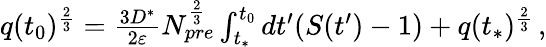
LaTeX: \begin{array}{r}{q(t_{0})^{\frac{2}{3}}=\frac{3D^{*}}{2{\varepsilon}}N_{pre}^{\frac{2}{3}}\int_{t_{*}}^{t_{0}}dt^{\prime}(S(t^{\prime})-1)+q(t_{*})^{\frac{2}{3}}\, ,}\end{array}